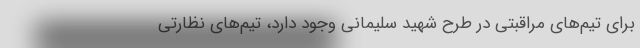
برای تیم‌های مراقبتی در طرح شهید سلیمانی وجود دارد، تیم‌های نظارتی